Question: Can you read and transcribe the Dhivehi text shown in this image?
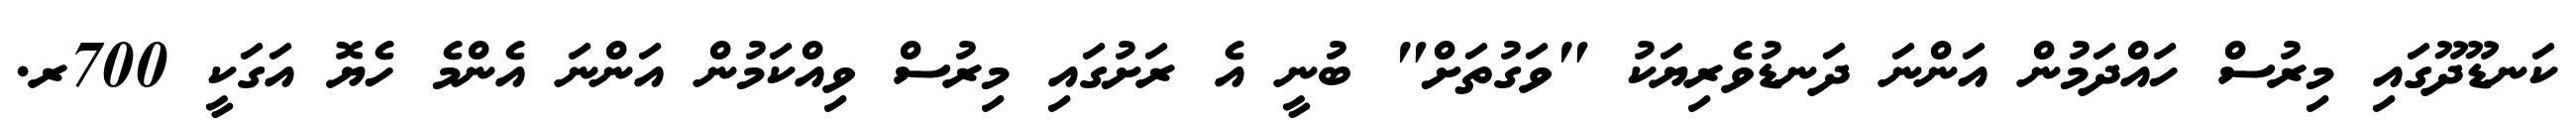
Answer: ކަނޑޫދޫގައި މިރުސް ހައްދަމުން އަންނަ ދަނޑުވެރިޔަކު "ވަގުތަށް" ބުނީ އެ ރަށުގައި މިރުސް ވިއްކަމުން އަންނަ އެންމެ ހެޔޮ އަގަކީ 700ރ.